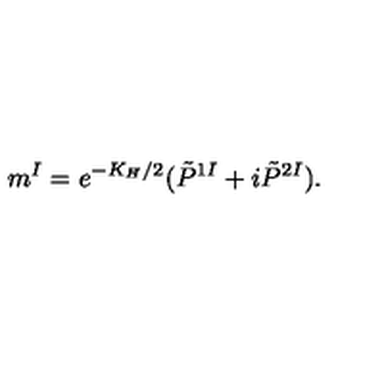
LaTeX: m ^ { I } = e ^ { - K _ { H } / 2 } ( \tilde { P } ^ { 1 I } + i \tilde { P } ^ { 2 I } ) .